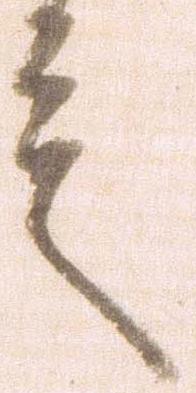
言